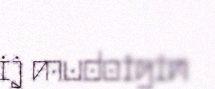
ij mudoigin